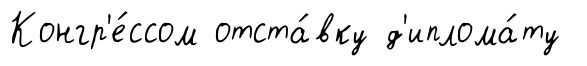
Конгр'е́ссом отста́вку д'иплома́ту